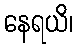
နေရယိ၊